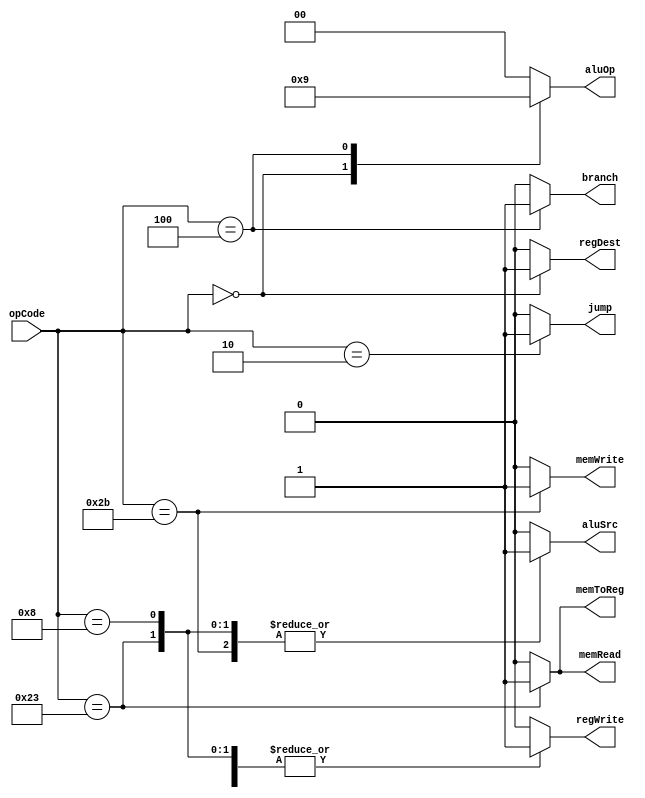
//problem 5

// inputs will be 6 bit opcode, outputs will be 9 control signals

module ctrlUnit(output reg regDest, jump, branch, memRead, memToReg, memWrite, aluSrc, regWrite,
                output reg[1:0] aluOp,
				input wire [5:0] opCode);

	always@(opCode)	
	begin
		{regDest, aluSrc, memToReg, regWrite, memRead, memWrite, branch, jump, aluOp}=10'b0000000000;
		
		case(opCode)
			6'b000000: //r-format
			begin
				regDest = 1;
				regWrite = 1;
				aluOp = 2'b10;
			end
			
			6'b100011: //lw
			begin
				aluSrc = 1;
				memToReg = 1;
				regWrite = 1;
				memRead = 1;
			end
			
			6'b101011: //sw
			begin
				aluSrc = 1;
				memWrite = 1;
			end
			
			6'b000100: //beq
			begin
				branch = 1;
				aluOp = 2'b01;
			end
			
			6'b001000: //addi
			begin
				regWrite = 1;
				aluSrc = 1;
			end
			
			6'b000010: //jump
			begin
				jump = 1;
			end
		endcase
	end
	
endmodule